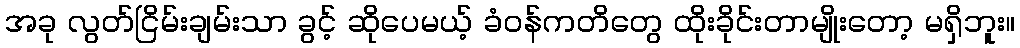
အခု လွတ်ငြိမ်းချမ်းသာ ခွင့် ဆိုပေမယ့် ခံဝန်ကတိတွေ ထိုးခိုင်းတာမျိုးတော့ မရှိဘူး။